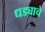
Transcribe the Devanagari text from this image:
धड्याचे